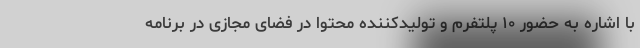
با اشاره به حضور ۱۰ پلتفرم و تولیدکننده محتوا در فضای مجازی در برنامه